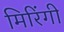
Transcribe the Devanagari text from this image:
मिरिंगी